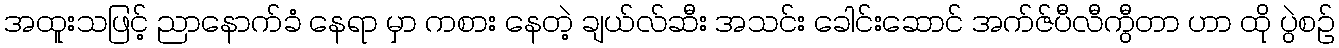
အထူးသဖြင့် ညာနောက်ခံ နေရာ မှာ ကစား နေတဲ့ ချယ်လ်ဆီး အသင်း ခေါင်းဆောင် အက်ဇ်ပီလီကွီတာ ဟာ ထို ပွဲစဉ်